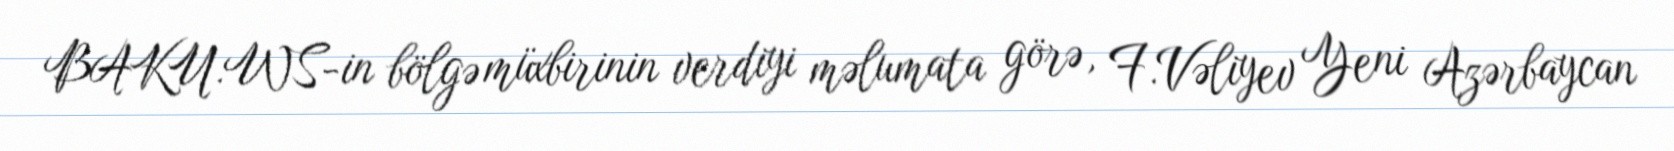
BAKU.WS-in bölgə müxbirinin verdiyi məlumata görə, F.Vəliyev Yeni Azərbaycan